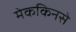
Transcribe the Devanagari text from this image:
मेककिनसे